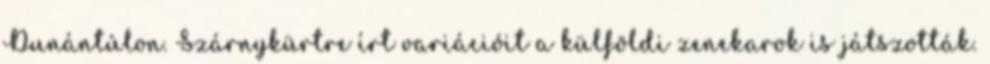
Dunántúlon. Szárnykürtre írt variációit a külföldi zenekarok is játszották.